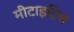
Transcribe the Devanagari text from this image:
मीटाइटिस